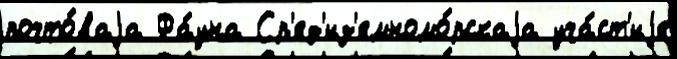
почто́ваjа Фа́уна Ср'ед'из'емномо́рскаjа уча́ст'иjе